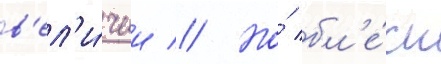
в'ел'и́чии // Но́ бл'е́ск